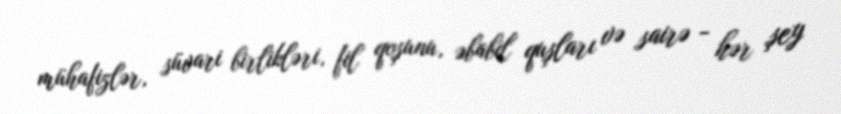
mühafizlər, süvari birlikləri, fil qoşunu, əbabil quşları və sairə - hər şey